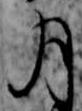
月